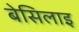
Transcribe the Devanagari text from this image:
बेसिलाइ